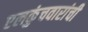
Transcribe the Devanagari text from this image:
एलकुंचवारांची